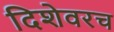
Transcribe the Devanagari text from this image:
दिशेवरच